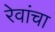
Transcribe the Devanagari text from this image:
रेवांचा